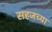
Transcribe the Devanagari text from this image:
सहजच्या